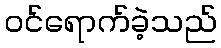
ဝင်ရောက်ခဲ့သည်